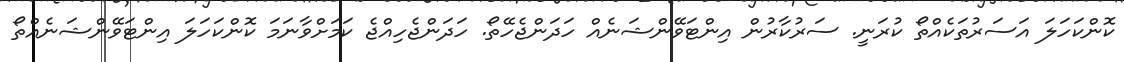
ކޮންކަހަލަ އަސަރުތަކެއްތޯ ކުރަނީ. ސަރުކާރުން އިންޓަވޭންޝަނެއް ހަދަންޖެހޭތޯ. ހަދަންޖެހިއްޖެ ކަމަށްވާނަމަ ކޮންކަހަލަ އިންޓަވޭންޝަނެއްތޯ